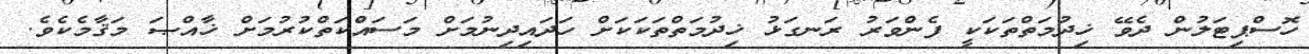
ހޮސްޕިޓަލުން ދެވޭ ޚިދުމަތްތަކަކީ ފެންވަރު ރަނގަޅު ޚިދުމަތްތަކަކަށް ހަދައިދިނުމަށް މަސައްކަތްކުރުމަށް ޚާއްޞަ މަޤާމެކެވެ.